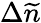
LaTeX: \Delta\widetilde n